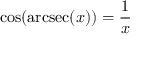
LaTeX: \cos ( \operatorname { a r c s e c } ( x ) ) = { \frac { 1 } { x } }